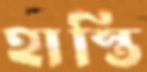
হাস্তি